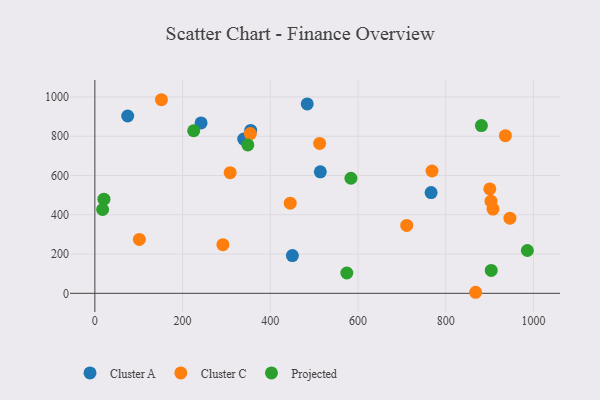
{"axis": {"x": "Investment", "y": "Demand"}, "legend": ["Cluster A", "Cluster C", "Projected"], "data": [{"x": "339.4", "y": 785.7, "type": "Cluster A"}, {"x": "355.3", "y": 829.5, "type": "Cluster A"}, {"x": "484.2", "y": 964.7, "type": "Cluster A"}, {"x": "74.9", "y": 903.2, "type": "Cluster A"}, {"x": "766.7", "y": 513.3, "type": "Cluster A"}, {"x": "450.4", "y": 192.1, "type": "Cluster A"}, {"x": "242.2", "y": 868.0, "type": "Cluster A"}, {"x": "514.1", "y": 618.7, "type": "Cluster A"}, {"x": "936.1", "y": 802.9, "type": "Cluster C"}, {"x": "768.8", "y": 622.9, "type": "Cluster C"}, {"x": "907.8", "y": 429.3, "type": "Cluster C"}, {"x": "946.4", "y": 382.5, "type": "Cluster C"}, {"x": "512.5", "y": 763.4, "type": "Cluster C"}, {"x": "101.4", "y": 274.7, "type": "Cluster C"}, {"x": "868.2", "y": 5.3, "type": "Cluster C"}, {"x": "903.3", "y": 469.1, "type": "Cluster C"}, {"x": "292.0", "y": 247.5, "type": "Cluster C"}, {"x": "445.5", "y": 458.9, "type": "Cluster C"}, {"x": "900.6", "y": 531.8, "type": "Cluster C"}, {"x": "308.5", "y": 614.2, "type": "Cluster C"}, {"x": "711.1", "y": 346.0, "type": "Cluster C"}, {"x": "151.8", "y": 986.0, "type": "Cluster C"}, {"x": "354.5", "y": 813.8, "type": "Cluster C"}, {"x": "583.9", "y": 586.0, "type": "Projected"}, {"x": "881.4", "y": 854.5, "type": "Projected"}, {"x": "20.7", "y": 479.6, "type": "Projected"}, {"x": "574.5", "y": 103.4, "type": "Projected"}, {"x": "348.8", "y": 755.9, "type": "Projected"}, {"x": "17.7", "y": 426.8, "type": "Projected"}, {"x": "903.8", "y": 116.7, "type": "Projected"}, {"x": "225.3", "y": 828.1, "type": "Projected"}, {"x": "986.2", "y": 218.0, "type": "Projected"}]}